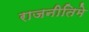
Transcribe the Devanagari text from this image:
राजनीतिमे